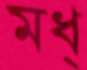
মধ্